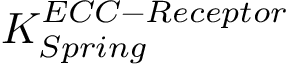
K _ { S p r i n g } ^ { E C C - R e c e p t o r }